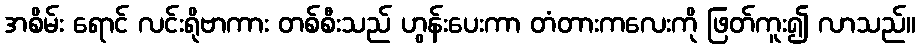
အစိမ်း ရောင် လင်းရိုဗာကား တစ်စီးသည် ဟွန်းပေးကာ တံတားကလေးကို ဖြတ်ကူး၍ လာသည်။